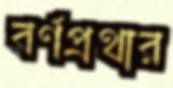
বর্ণপ্রথার